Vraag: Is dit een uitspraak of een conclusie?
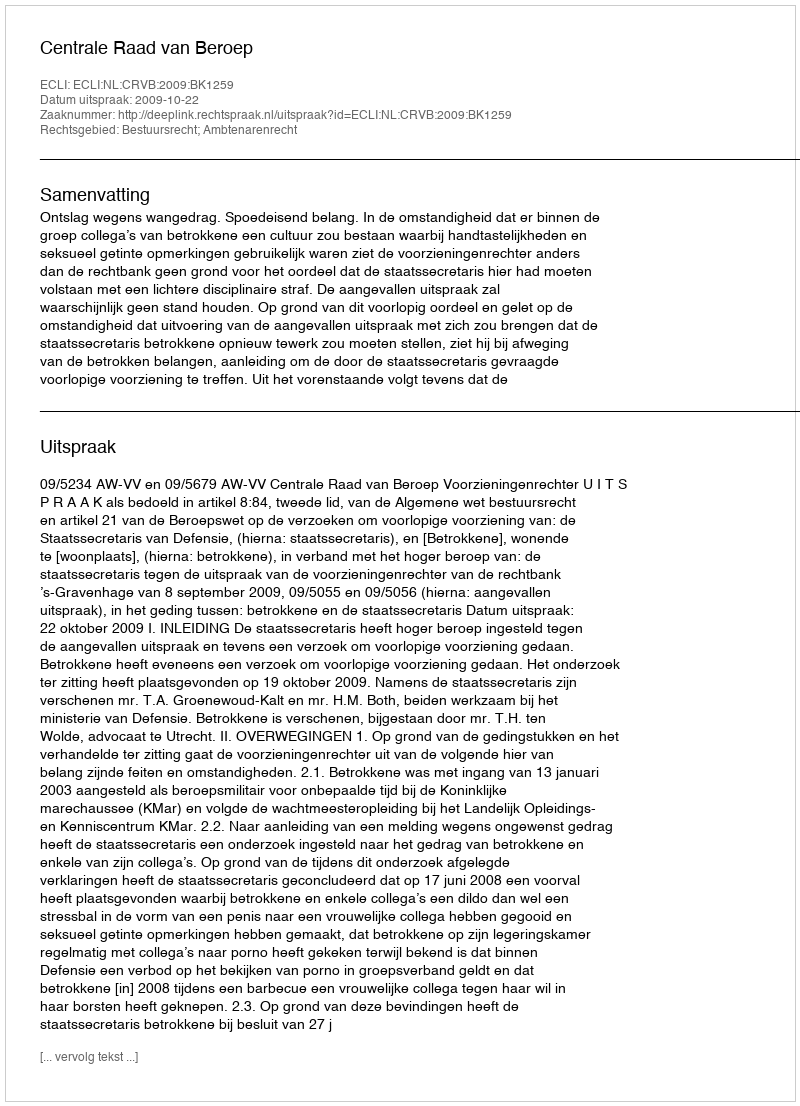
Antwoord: Uitspraak